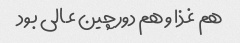
هم غذا و هم دورچین عالی بود